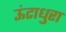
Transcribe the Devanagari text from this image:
ऊंटाधुरा